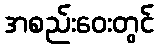
အစည်းဝေးတွင်